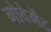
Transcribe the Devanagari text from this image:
गोवेर्मेंट